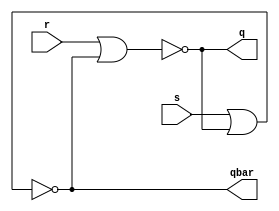
module sr_latch(
    input s,
    input r,
    output q,
    output qbar
    );
    
 assign q=~(r|qbar);
 assign qbar=~(s|q);
endmodule